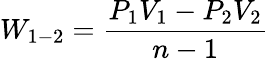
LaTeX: W_{1-2}={\frac{P_{1}V_{1}-P_{2}V_{2}}{n-1}}